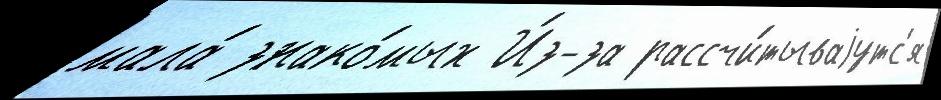
мала́ знако́мых И́з-за рассчи́тываjутс'я